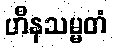
ဟီနသမ္မတံ